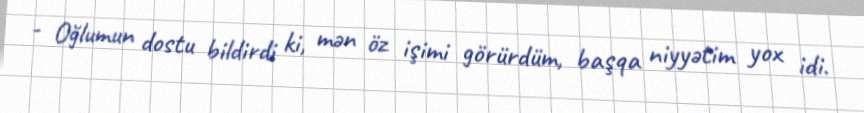
- Oğlumun dostu bildirdi ki, mən öz işimi görürdüm, başqa niyyətim yox idi.